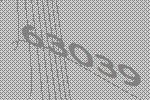
63039